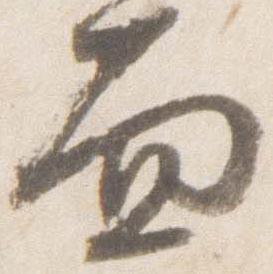
面